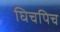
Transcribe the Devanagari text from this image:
घिचपिच